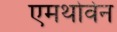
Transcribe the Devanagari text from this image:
एमथोवेन